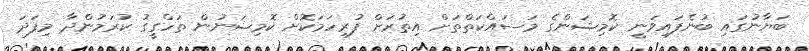
ބަޔާނުގައި ބުނެފައިވަނީ ކޮމިޝަންގެ މަސައްކަތްތަށް އިތުރަށް ފުރިހަމަކޮށް ކޮމިޝަނުން ތަހްގީގު ކުރަމުންދާ މިފަދަ